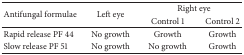
<table><thead><tr><td rowspan="2"><b>Antifungal formulae</b></td><td rowspan="2"><b>Left eye</b></td><td colspan="2"><b>Right eye</b></td></tr><tr><td><b>Control 1</b></td><td><b>Control 2</b></td></tr></thead><tbody><tr><td>Rapid release PF 44</td><td>No growth</td><td>Growth</td><td>Growth</td></tr><tr><td>Slow release PF 51</td><td>No growth</td><td>No growth</td><td>Growth</td></tr></tbody></table>